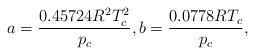
\begin{align*}a = \frac{{0.45724{R^2}T_c^2}}{{{p_c}}},b = \frac{{0.0778R{T_c}}}{{{p_c}}},\end{align*}